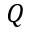
Q